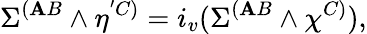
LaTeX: \Sigma^{(\mathbf{A}B}\wedge\eta^{'C)}=i_{v}(\Sigma^{(\mathbf{A}B}\wedge\chi^{C)}),